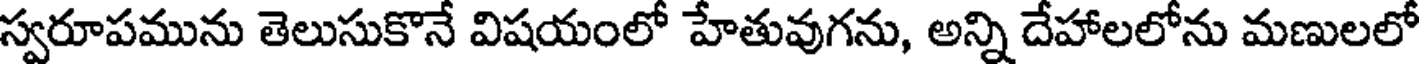
స్వరూపమును తెలుసుకొనే విషయంలో హేతువుగను, అన్ని దేహాలలోను మణులలో